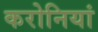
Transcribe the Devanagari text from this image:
करोनियां